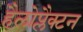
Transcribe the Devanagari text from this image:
हैलोप्लैक्टन